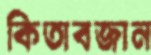
কিতাবজান